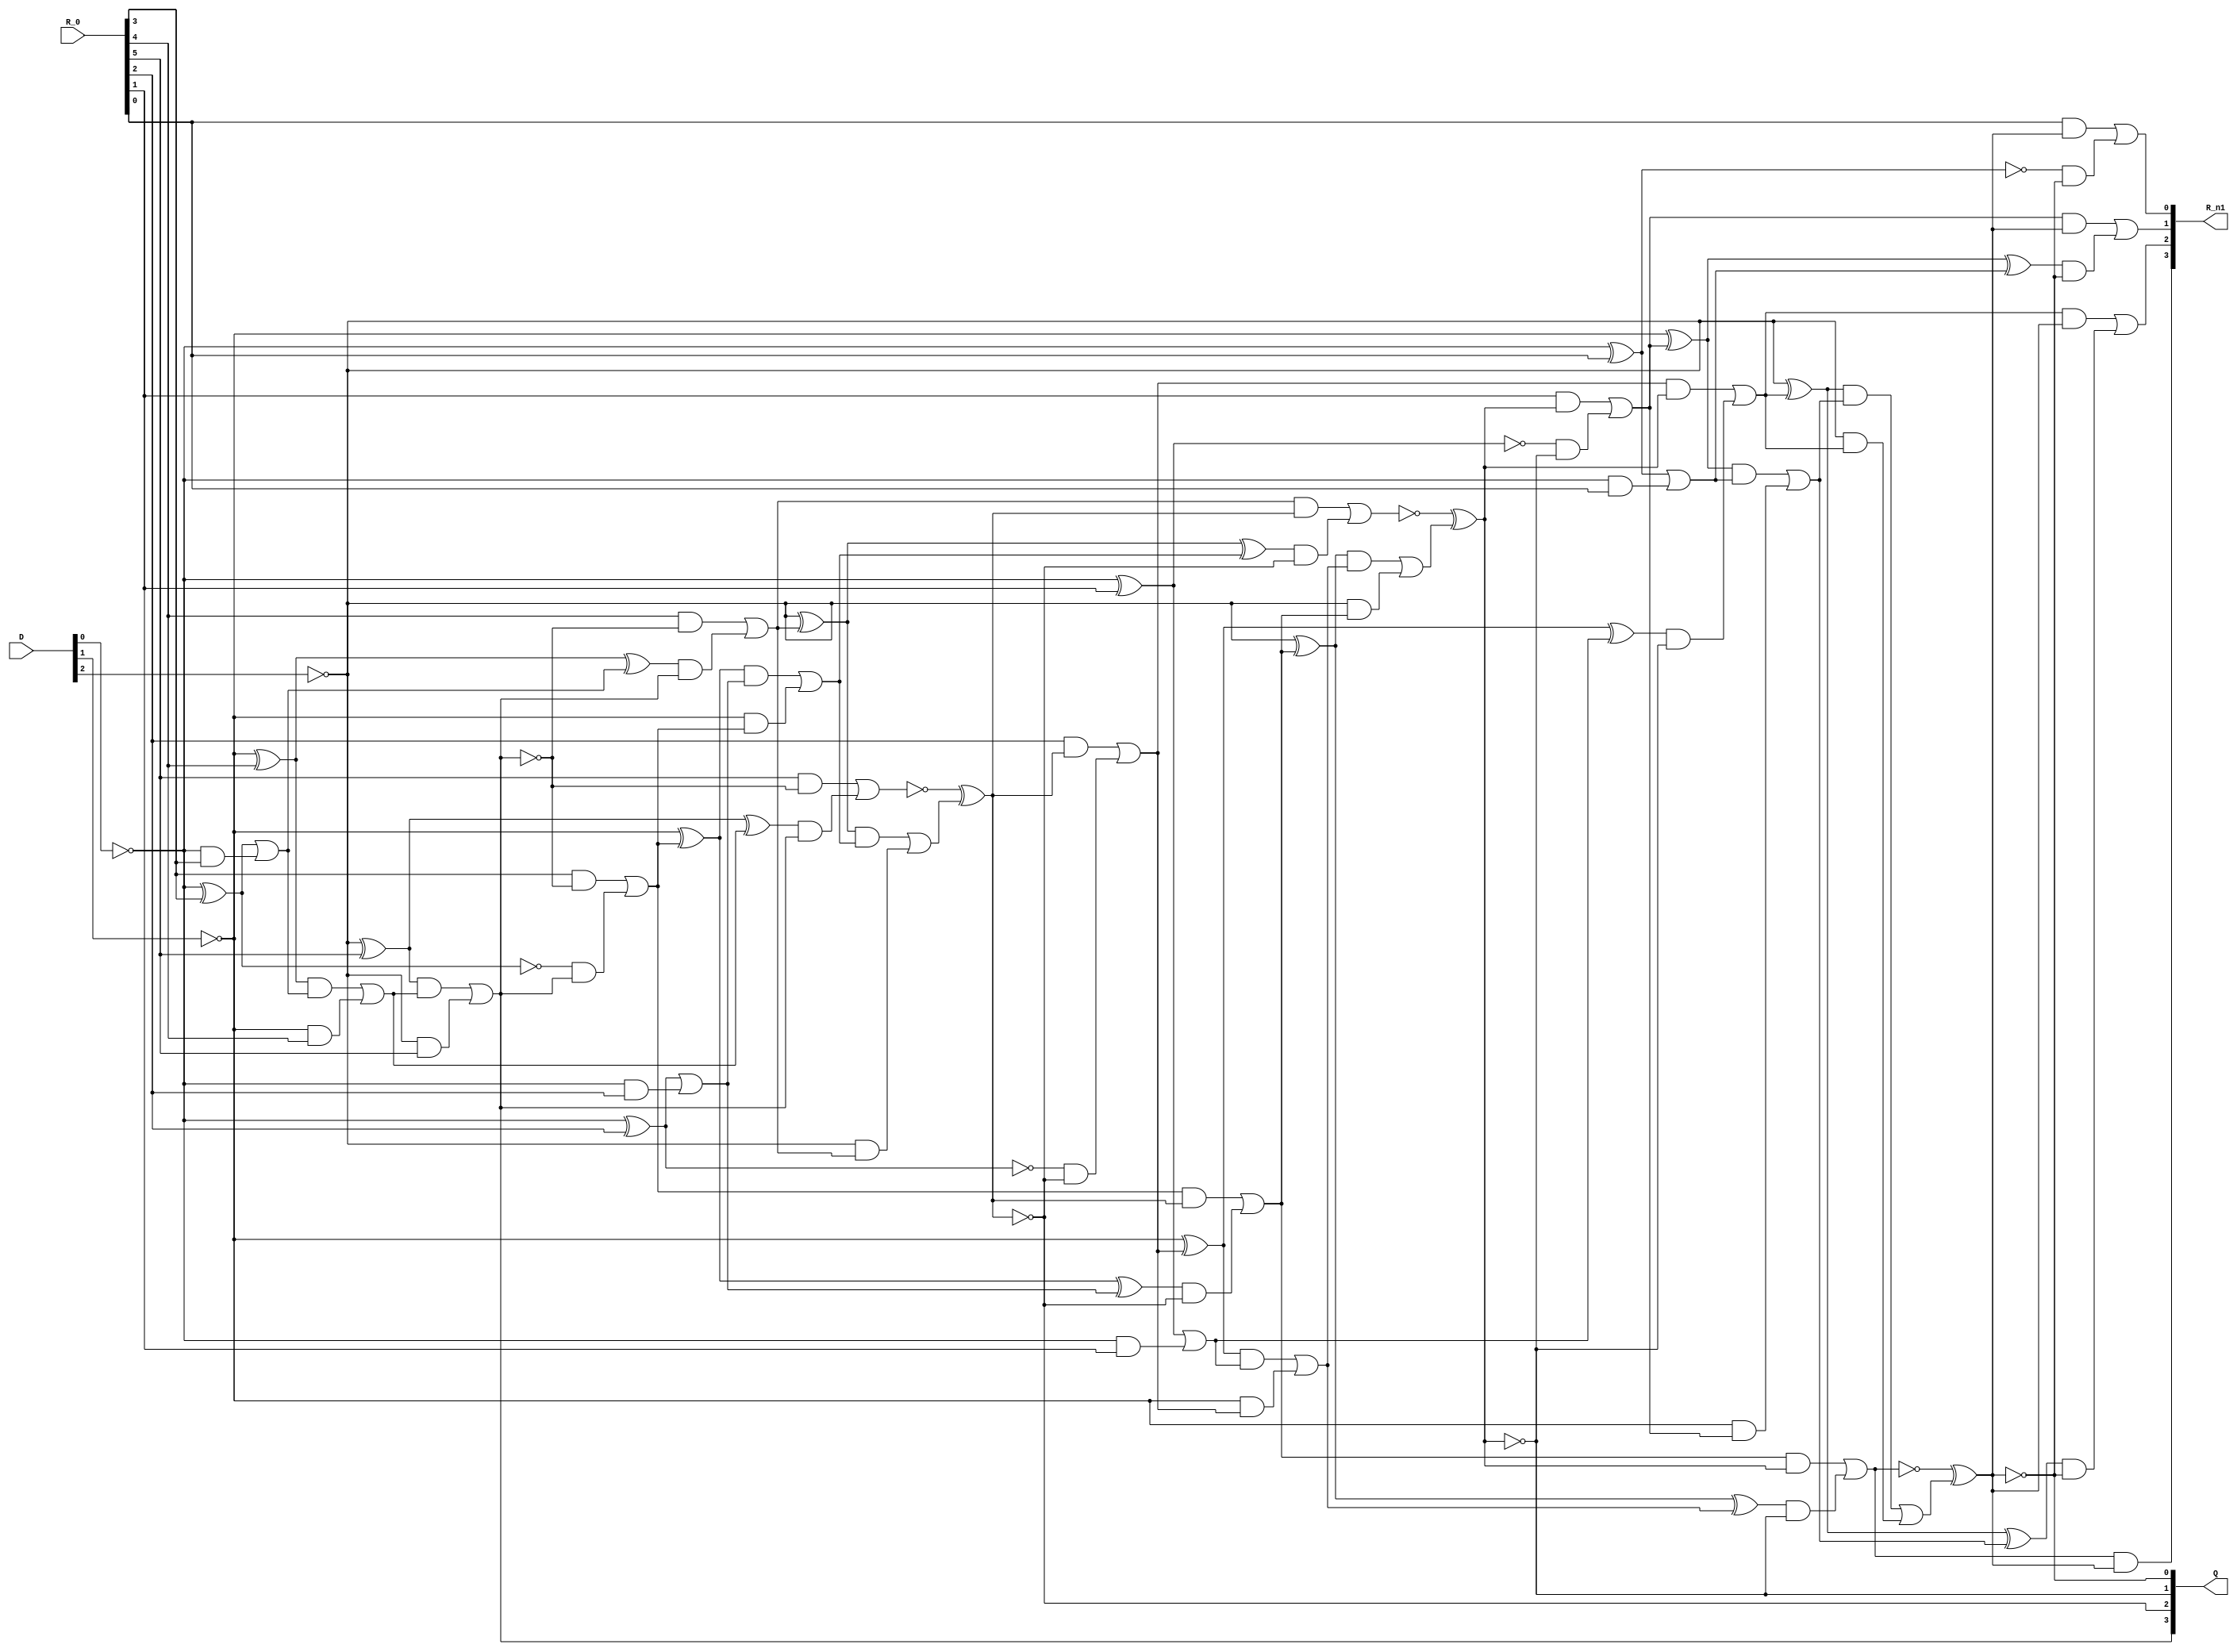
module divider(Q, R_n1, R_0, D);
  wire _0_;
  wire _1_;
  wire _2_;
  wire _3_;
  wire _4_;
  wire _5_;
  wire _6_;
  wire _7_;
  wire _8_;
  wire _9_;
  wire _10_;
  wire _11_;
  wire _12_;
  wire _13_;
  wire _14_;
  wire _15_;
  wire _16_;
  wire _17_;
  wire _18_;
  wire _19_;
  wire _20_;
  wire _21_;
  wire _22_;
  wire _23_;
  wire _24_;
  wire _25_;
  wire _26_;
  wire _27_;
  wire _28_;
  wire _29_;
  wire _30_;
  wire _31_;
  wire _32_;
  wire _33_;
  wire _34_;
  wire _35_;
  wire _36_;
  wire _37_;
  wire _38_;
  wire _39_;
  wire _40_;
  wire _41_;
  wire _42_;
  wire _43_;
  wire _44_;
  wire _45_;
  wire _46_;
  wire _47_;
  wire _48_;
  wire _49_;
  wire _50_;
  wire _51_;
  wire _52_;
  wire _53_;
  wire _54_;
  wire _55_;
  wire _56_;
  wire _57_;
  wire _58_;
  wire _59_;
  wire _60_;
  wire _61_;
  wire _62_;
  wire _63_;
  wire _64_;
  wire _65_;
  wire _66_;
  wire _67_;
  wire _68_;
  wire _69_;
  wire _70_;
  wire _71_;
  wire _72_;
  wire _73_;
  wire _74_;
  wire _75_;
  wire _76_;
  wire _77_;
  wire _78_;
  wire _79_;
  wire _80_;
  wire _81_;
  wire _82_;
  wire _83_;
  wire _84_;
  wire _85_;
  wire _86_;
  wire _87_;
  wire _88_;
  wire _89_;
  wire _90_;
  wire _91_;
  wire _92_;
  wire _93_;
  wire _94_;
  wire _95_;
  wire _96_;
  wire _97_;
  wire _98_;
  wire _99_;
  wire _100_;
  wire _101_;
  wire _102_;
  wire _103_;
  wire _104_;
  wire _105_;
  wire _106_;
  wire _107_;
  wire _108_;
  wire _109_;
  wire _110_;
  wire _111_;
  wire [6:0] r_0;
  wire [6:0] r_1;
  wire [3:0] m_1;
  wire [3:0] sum_1;
  wire [3:0] inv_1;
  wire [5:0] r_2;
  wire [3:0] m_2;
  wire [3:0] sum_2;
  wire [3:0] inv_2;
  wire [4:0] r_3;
  wire [3:0] m_3;
  wire [3:0] sum_3;
  wire [3:0] inv_3;
  wire [3:0] r_4;
  wire [3:0] m_4;
  wire [3:0] sum_4;
  wire [3:0] inv_4;
  wire zeroWire;
  wire oneWire;
  input [5:0] R_0;
  input [2:0] D;
  output [3:0] Q;
  output [3:0] R_n1;
  assign zeroWire = 1'b0 /*0*/;
  assign oneWire = 1'b1 /*0*/;
  assign r_0[0] = R_0[0] /*267*/;
  assign r_0[1] = R_0[1] /*266*/;
  assign r_0[2] = R_0[2] /*265*/;
  assign r_0[3] = R_0[3] /*264*/;
  assign r_0[4] = R_0[4] /*263*/;
  assign r_0[5] = R_0[5] /*262*/;
  assign r_0[6] = zeroWire /*261*/;
  assign inv_1[0] = ~D[0] /*260*/;
  assign inv_1[1] = ~D[1] /*259*/;
  assign inv_1[2] = ~D[2] /*258*/;
  assign inv_1[3] = oneWire /*257*/;
  assign _0_ = inv_1[0] ^ r_0[3] /*255*/;
  assign sum_1[0] = _0_ ^ oneWire /*254*/;
  assign _1_ = _0_ & oneWire /*253*/;
  assign _2_ = inv_1[0] & r_0[3] /*252*/;
  assign _3_ = _1_ | _2_ /*251*/;
  assign _4_ = inv_1[1] ^ r_0[4] /*249*/;
  assign sum_1[1] = _4_ ^ _3_ /*248*/;
  assign _5_ = _4_ & _3_ /*247*/;
  assign _6_ = inv_1[1] & r_0[4] /*246*/;
  assign _7_ = _5_ | _6_ /*245*/;
  assign _8_ = inv_1[2] ^ r_0[5] /*244*/;
  assign sum_1[2] = _8_ ^ _7_ /*243*/;
  assign _9_ = _8_ & _7_ /*242*/;
  assign _10_ = inv_1[2] & r_0[5] /*241*/;
  assign _11_ = _9_ | _10_ /*240*/;
  assign _12_ = inv_1[3] ^ r_0[6] /*239*/;
  assign sum_1[3] = _12_ ^ _11_ /*238*/;
  assign _13_ = _12_ & _11_ /*237*/;
  assign _14_ = inv_1[3] & r_0[6] /*236*/;
  assign _15_ = _13_ | _14_ /*235*/;
  assign Q[3] = ~sum_1[3] /*233*/;
  assign _16_ = ~Q[3] /*232*/;
  assign _17_ = sum_1[0] & Q[3] /*231*/;
  assign _18_ = m_1[0] & _16_ /*230*/;
  assign r_1[3] = _18_ | _17_ /*229*/;
  assign m_1[0] = r_0[3] /*228*/;
  assign _19_ = ~Q[3] /*227*/;
  assign _20_ = sum_1[1] & Q[3] /*226*/;
  assign _21_ = m_1[1] & _19_ /*225*/;
  assign r_1[4] = _21_ | _20_ /*224*/;
  assign m_1[1] = r_0[4] /*223*/;
  assign _22_ = ~Q[3] /*222*/;
  assign _23_ = sum_1[2] & Q[3] /*221*/;
  assign _24_ = m_1[2] & _22_ /*220*/;
  assign r_1[5] = _24_ | _23_ /*219*/;
  assign m_1[2] = r_0[5] /*218*/;
  assign _25_ = ~Q[3] /*217*/;
  assign _26_ = sum_1[3] & Q[3] /*216*/;
  assign _27_ = m_1[3] & _25_ /*215*/;
  assign r_1[6] = _27_ | _26_ /*214*/;
assign m_1[3] = r_0[6] /*213*/;
assign r_1[0]= r_0[0] /*212*/;
assign r_1[1]= r_0[1] /*211*/;
assign r_1[2]= r_0[2] /*210*/;
  assign inv_2[0] = ~D[0] /*204*/;
  assign inv_2[1] = ~D[1] /*203*/;
  assign inv_2[2] = ~D[2] /*202*/;
assign inv_2[3] = oneWire /*201*/;
  assign _28_ = inv_2[0] ^ r_1[2] /*199*/;
  assign sum_2[0] = _28_ ^ oneWire /*198*/;
  assign _29_ = _28_ & oneWire /*197*/;
  assign _30_ = inv_2[0] & r_1[2] /*196*/;
  assign _31_ = _29_ | _30_ /*195*/;
  assign _32_ = inv_2[1] ^ r_1[3] /*193*/;
  assign sum_2[1] = _32_ ^ _31_ /*192*/;
  assign _33_ = _32_ & _31_ /*191*/;
  assign _34_ = inv_2[1] & r_1[3] /*190*/;
  assign _35_ = _33_ | _34_ /*189*/;
  assign _36_ = inv_2[2] ^ r_1[4] /*188*/;
  assign sum_2[2] = _36_ ^ _35_ /*187*/;
  assign _37_ = _36_ & _35_ /*186*/;
  assign _38_ = inv_2[2] & r_1[4] /*185*/;
  assign _39_ = _37_ | _38_ /*184*/;
  assign _40_ = inv_2[3] ^ r_1[5] /*183*/;
  assign sum_2[3] = _40_ ^ _39_ /*182*/;
  assign _41_ = _40_ & _39_ /*181*/;
  assign _42_ = inv_2[3] & r_1[5] /*180*/;
  assign _43_ = _41_ | _42_ /*179*/;
  assign Q[2] = ~sum_2[3] /*177*/;
  assign _44_ = ~Q[2] /*176*/;
  assign _45_ = sum_2[0] & Q[2] /*175*/;
  assign _46_ = m_2[0] & _44_ /*174*/;
  assign r_2[2] = _46_ | _45_ /*173*/;
assign m_2[0] = r_1[2] /*172*/;
  assign _47_ = ~Q[2] /*171*/;
  assign _48_ = sum_2[1] & Q[2] /*170*/;
  assign _49_ = m_2[1] & _47_ /*169*/;
  assign r_2[3] = _49_ | _48_ /*168*/;
assign m_2[1] = r_1[3] /*167*/;
  assign _50_ = ~Q[2] /*166*/;
  assign _51_ = sum_2[2] & Q[2] /*165*/;
  assign _52_ = m_2[2] & _50_ /*164*/;
  assign r_2[4] = _52_ | _51_ /*163*/;
assign m_2[2] = r_1[4] /*162*/;
  assign _53_ = ~Q[2] /*161*/;
  assign _54_ = sum_2[3] & Q[2] /*160*/;
  assign _55_ = m_2[3] & _53_ /*159*/;
  assign r_2[5] = _55_ | _54_ /*158*/;
assign m_2[3] = r_1[5] /*157*/;
assign r_2[0]= r_1[0] /*156*/;
assign r_2[1]= r_1[1] /*155*/;
  assign inv_3[0] = ~D[0] /*148*/;
  assign inv_3[1] = ~D[1] /*147*/;
  assign inv_3[2] = ~D[2] /*146*/;
assign inv_3[3] = oneWire /*145*/;
  assign _56_ = inv_3[0] ^ r_2[1] /*143*/;
  assign sum_3[0] = _56_ ^ oneWire /*142*/;
  assign _57_ = _56_ & oneWire /*141*/;
  assign _58_ = inv_3[0] & r_2[1] /*140*/;
  assign _59_ = _57_ | _58_ /*139*/;
  assign _60_ = inv_3[1] ^ r_2[2] /*137*/;
  assign sum_3[1] = _60_ ^ _59_ /*136*/;
  assign _61_ = _60_ & _59_ /*135*/;
  assign _62_ = inv_3[1] & r_2[2] /*134*/;
  assign _63_ = _61_ | _62_ /*133*/;
  assign _64_ = inv_3[2] ^ r_2[3] /*132*/;
  assign sum_3[2] = _64_ ^ _63_ /*131*/;
  assign _65_ = _64_ & _63_ /*130*/;
  assign _66_ = inv_3[2] & r_2[3] /*129*/;
  assign _67_ = _65_ | _66_ /*128*/;
  assign _68_ = inv_3[3] ^ r_2[4] /*127*/;
  assign sum_3[3] = _68_ ^ _67_ /*126*/;
  assign _69_ = _68_ & _67_ /*125*/;
  assign _70_ = inv_3[3] & r_2[4] /*124*/;
  assign _71_ = _69_ | _70_ /*123*/;
  assign Q[1] = ~sum_3[3] /*121*/;
  assign _72_ = ~Q[1] /*120*/;
  assign _73_ = sum_3[0] & Q[1] /*119*/;
  assign _74_ = m_3[0] & _72_ /*118*/;
  assign r_3[1] = _74_ | _73_ /*117*/;
assign m_3[0] = r_2[1] /*116*/;
  assign _75_ = ~Q[1] /*115*/;
  assign _76_ = sum_3[1] & Q[1] /*114*/;
  assign _77_ = m_3[1] & _75_ /*113*/;
  assign r_3[2] = _77_ | _76_ /*112*/;
assign m_3[1] = r_2[2] /*111*/;
  assign _78_ = ~Q[1] /*110*/;
  assign _79_ = sum_3[2] & Q[1] /*109*/;
  assign _80_ = m_3[2] & _78_ /*108*/;
  assign r_3[3] = _80_ | _79_ /*107*/;
assign m_3[2] = r_2[3] /*106*/;
  assign _81_ = ~Q[1] /*105*/;
  assign _82_ = sum_3[3] & Q[1] /*104*/;
  assign _83_ = m_3[3] & _81_ /*103*/;
  assign r_3[4] = _83_ | _82_ /*102*/;
assign m_3[3] = r_2[4] /*101*/;
assign r_3[0]= r_2[0] /*100*/;
  assign inv_4[0] = ~D[0] /*92*/;
  assign inv_4[1] = ~D[1] /*91*/;
  assign inv_4[2] = ~D[2] /*90*/;
assign inv_4[3] = oneWire /*89*/;
  assign _84_ = inv_4[0] ^ r_3[0] /*87*/;
  assign sum_4[0] = _84_ ^ oneWire /*86*/;
  assign _85_ = _84_ & oneWire /*85*/;
  assign _86_ = inv_4[0] & r_3[0] /*84*/;
  assign _87_ = _85_ | _86_ /*83*/;
  assign _88_ = inv_4[1] ^ r_3[1] /*81*/;
  assign sum_4[1] = _88_ ^ _87_ /*80*/;
  assign _89_ = _88_ & _87_ /*79*/;
  assign _90_ = inv_4[1] & r_3[1] /*78*/;
  assign _91_ = _89_ | _90_ /*77*/;
  assign _92_ = inv_4[2] ^ r_3[2] /*76*/;
  assign sum_4[2] = _92_ ^ _91_ /*75*/;
  assign _93_ = _92_ & _91_ /*74*/;
  assign _94_ = inv_4[2] & r_3[2] /*73*/;
  assign _95_ = _93_ | _94_ /*72*/;
  assign _96_ = inv_4[3] ^ r_3[3] /*71*/;
  assign sum_4[3] = _96_ ^ _95_ /*70*/;
  assign _97_ = _96_ & _95_ /*69*/;
  assign _98_ = inv_4[3] & r_3[3] /*68*/;
  assign _99_ = _97_ | _98_ /*67*/;
  assign Q[0] = ~sum_4[3] /*65*/;
  assign _100_ = ~Q[0] /*64*/;
  assign _101_ = sum_4[0] & Q[0] /*63*/;
  assign _102_ = m_4[0] & _100_ /*62*/;
  assign r_4[0] = _102_ | _101_ /*61*/;
assign m_4[0] = r_3[0] /*60*/;
  assign _103_ = ~Q[0] /*59*/;
  assign _104_ = sum_4[1] & Q[0] /*58*/;
  assign _105_ = m_4[1] & _103_ /*57*/;
  assign r_4[1] = _105_ | _104_ /*56*/;
assign m_4[1] = r_3[1] /*55*/;
  assign _106_ = ~Q[0] /*54*/;
  assign _107_ = sum_4[2] & Q[0] /*53*/;
  assign _108_ = m_4[2] & _106_ /*52*/;
  assign r_4[2] = _108_ | _107_ /*51*/;
assign m_4[2] = r_3[2] /*50*/;
  assign _109_ = ~Q[0] /*49*/;
  assign _110_ = sum_4[3] & Q[0] /*48*/;
  assign _111_ = m_4[3] & _109_ /*47*/;
  assign r_4[3] = _111_ | _110_ /*46*/;
assign m_4[3] = r_3[3] /*45*/;
  assign R_n1[0] = r_4[0] /*0*/;
  assign R_n1[1] = r_4[1] /*1*/;
  assign R_n1[2] = r_4[2] /*2*/;
  assign R_n1[3] = r_4[3] /*3*/;
endmodule